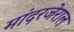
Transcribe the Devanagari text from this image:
मांदरजेराल